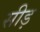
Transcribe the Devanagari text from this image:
सीड़